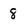
Character: 8